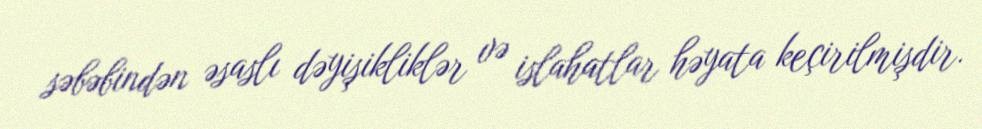
səbəbindən əsaslı dəyişikliklər və islahatlar həyata keçirilmişdir.